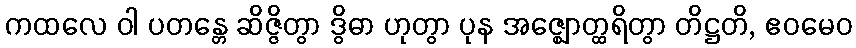
ကထလေ ဝါ ပတန္တေ ဆိဇ္ဇိတွာ ဒွိဓာ ဟုတွာ ပုန အဇ္ဈောတ္ထရိတွာ တိဋ္ဌတိ, ဧဝမေဝ